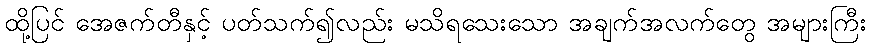
ထို့ပြင် အေဇက်တီနှင့် ပတ်သက်၍လည်း မသိရသေးသော အချက်အလက်တွေ အများကြီး